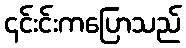
၎င်းင်းကပြောသည်